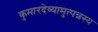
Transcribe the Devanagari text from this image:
कुमारदेव्यामुत्पन्नस्य